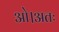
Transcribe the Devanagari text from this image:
ओ।अतः